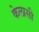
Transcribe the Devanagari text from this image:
केलासी